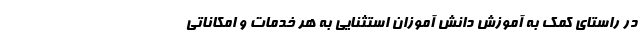
در راستای کمک به آموزش دانش آموزان استثنایی به هر خدمات و امکاناتی